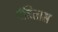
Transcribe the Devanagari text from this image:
पंडितास